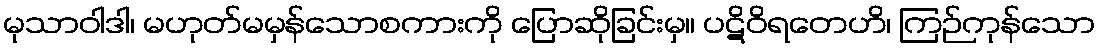
မုသာဝါဒါ၊ မဟုတ်မမှန်သောစကားကို ပြောဆိုခြင်းမှ။ ပဋိဝိရတေဟိ၊ ကြဉ်ကုန်သော